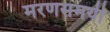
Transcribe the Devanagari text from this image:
मरणसमयी